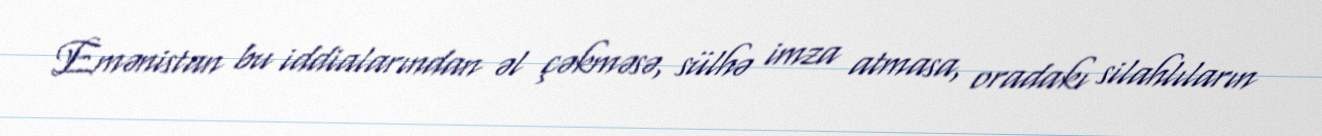
Emənistan bu iddialarından əl çəkməsə, sülhə imza atmasa, oradakı silahlıların